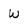
Character: w